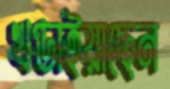
খণ্ডাইয়াছেন